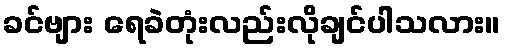
ခင်ဗျား ရေခဲတုံးလည်းလိုချင်ပါသလား။